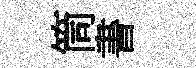
筒書